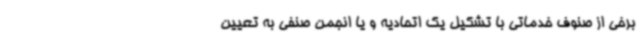
برخی از صنوف خدماتی با تشکیل یک اتحادیه و یا انجمن صنفی به تعیین